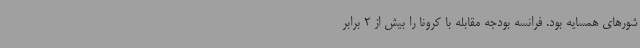
شورهای همسایه بود. فرانسه بودجه‌ مقابله با کرونا را بیش از 2 برابر